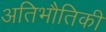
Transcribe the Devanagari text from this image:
अतिभौतिकी